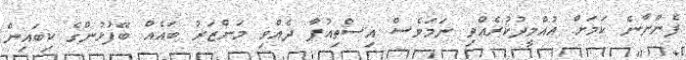
ފެންނާނެ ކަމަށް އުއްމީދުކުރެއްވި ނަމަވެސް އިސްތިއުފާ ދެއްވި މަންޒަރު ބައެއް ބޭފުޅުންގެ ކިބައިން